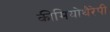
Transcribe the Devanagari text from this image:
कीमियोथैरेपी